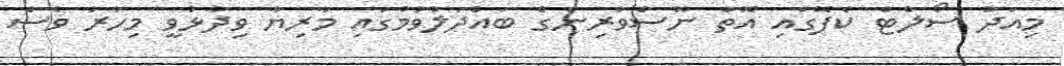
މިއަދު ސޯލްޓް ކެފޭގައި އޮތް ނޫސްވެރިންގެ ބައްދަލުވުމުގައި މާރިޔާ ވިދާޅުވީ މިހާރު ވެސް